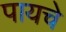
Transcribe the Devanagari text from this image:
पायचे